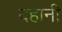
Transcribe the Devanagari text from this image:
दहानी